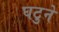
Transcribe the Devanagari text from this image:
घटुने